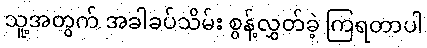
သူ့အတွက် အခါခပ်သိမ်း စွန့်လွှတ်ခဲ့ ကြရတာပါ